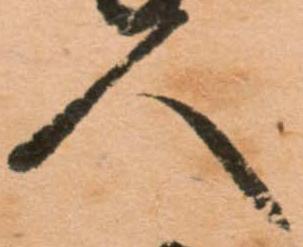
人